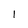
Character: 1